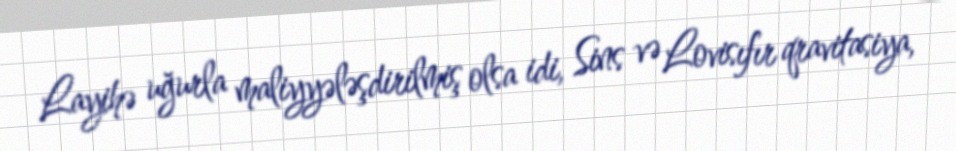
Layihə uğurla maliyyələşdirilmiş olsa idi, Sins və Lovisıfır qravitasiya,